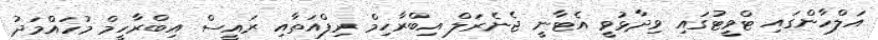
އަލްހާންގައި ޓްވީޓުގައި ވިދާޅުވީ އެޓާނީ ޖެނެރަލް އިބްރާހިމް ރިފްއަތާއި ރައީސް އިބްރާހީމް މުހައްމަދު